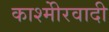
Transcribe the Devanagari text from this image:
काश्‍मीेरवादी